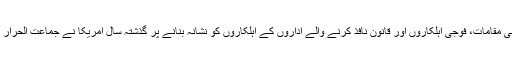
مذکورہ گروپ کی جانب سے متعدد شہریوں، اقلیتی مذہبی مقامات، فوجی اہلکاروں اور قانون نافذ کرنے والے اداروں کے اہلکاروں کو نشانہ بنانے پر گذشتہ سال امریکا نے جماعت الحرار کو عالمی دہشت گردوں کی فہرست میں شامل کردیا تھا۔